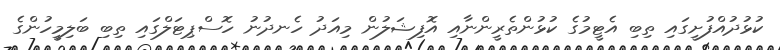
ކުޅުދުއްފުށީގައި ތިބި އެޓީމުގެ ކުޅުންތެރީންނާއި އޮފިޝަލުން މިއަދު ހެނދުނު ހޮސްޕިޓަލްގައި ތިބި ބަލިމީހުންގެ